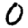
Digit: 0